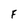
Character: F